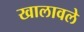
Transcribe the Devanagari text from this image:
खालावले